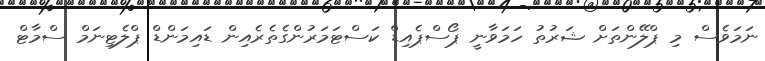
ނަމަވެސް މި ޕްލޭންތަށް ޝަރުތު ހަމަވާނީ ޕޯސްޕެއިޑް ކަސްޓަމަރުންގެތެރެއިން ޑައިމަންޑް ޕްލެޓިނަމް ސްމާޓް